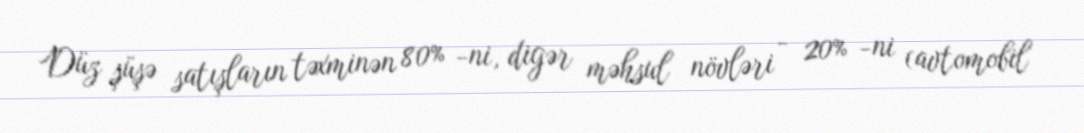
Düz şüşə satışların təxminən 80% -ni, digər məhsul növləri - 20% -ni (avtomobil